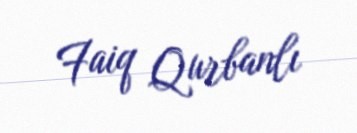
Faiq Qurbanlı